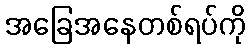
အခြေအနေတစ်ရပ်ကို